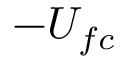
- U _ { f c }